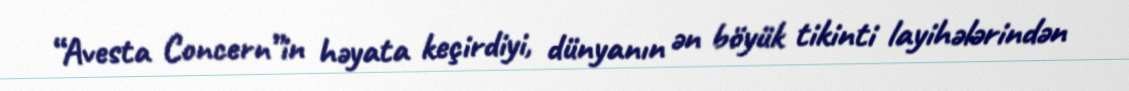
“Avesta Concern”in həyata keçirdiyi, dünyanın ən böyük tikinti layihələrindən